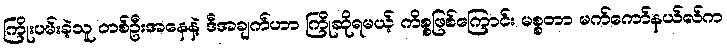
ကြိုးပမ်းခဲ့သူ တစ်ဦးအနေနဲ့ ဒီအချက်ဟာ ကြိုဆိုရမယ့် ကိစ္စဖြစ်ကြောင်း မစ္စတာ မက်ကော်နယ်လ်က